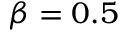
\beta = 0 . 5